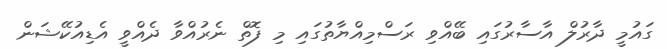
ގައުމީ ދާރުލް އާސާރުގައި ބޭއްވި ރަސްމިއްޔާތުގައި މި ފޮތް ނެރުއްވާ ދެއްވީ އެޑިއުކޭޝަން